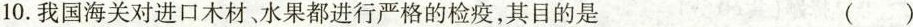
10.我国海关对进口木材、水果都进行严格的检疫，其目的是 ( )